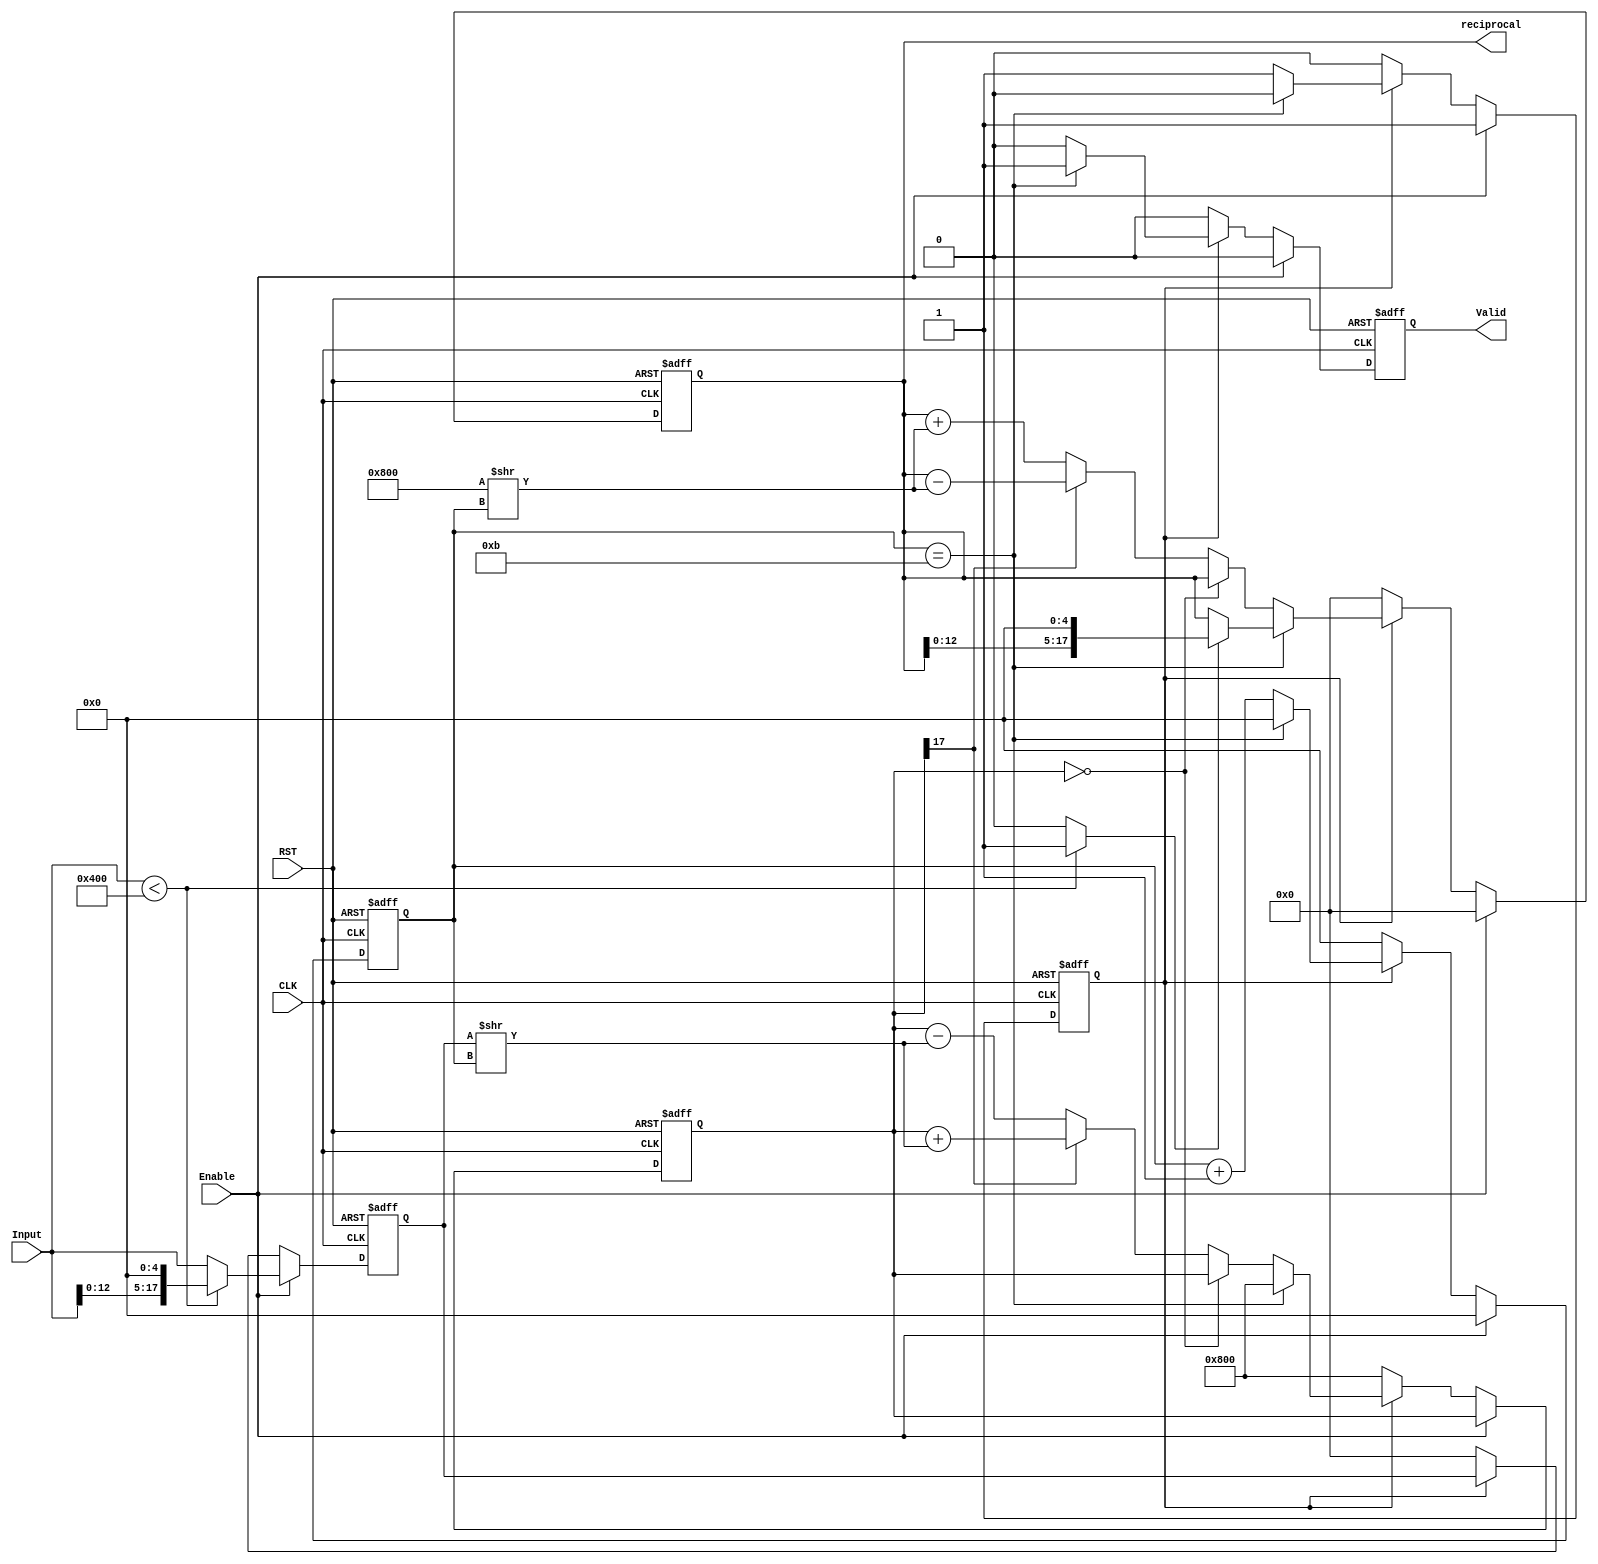
/////////////////////////////////////////////////////////////////////////////////////////////////////////
//////////////////////////// Module ports list, declaration, and data type ///////////////////////////////
//////////////////////////////////////////////////////////////////////////////////////////////////////////
module Reciprocal_Cordic #( 
	parameter 	WORD_LENGTH			=	18, 
	parameter	FRAC_LENGTH			=	11,
	parameter 	NUM_OF_ITERATIONS	=	11,
	parameter	SCALE				=	5
)(

input   wire                           CLK,
input   wire                           RST,
input   wire                           Enable,
input   wire signed [WORD_LENGTH-1:0]  Input,
output  reg  signed [WORD_LENGTH-1:0]  reciprocal,
output  reg                            Valid

);


///////////////////////////////// Parameters /////////////////////////////////////////////
localparam INT_LENGTH = WORD_LENGTH - FRAC_LENGTH ;





//////////////////////////////////////////////////////////////////////////////////////////////////////
/////////////////////////////////// Signals and Internal Connections /////////////////////////////////
//////////////////////////////////////////////////////////////////////////////////////////////////////


reg    signed      [WORD_LENGTH-1:0]  Y;
// 1 in fixed point
wire    signed      [WORD_LENGTH-1:0]   one_fixed_point;
// 0.5 in fixed point
wire    signed      [WORD_LENGTH-1:0]   half_fixed_point;

//wire    signed      [WORD_LENGTH-1:0]   Input_scaled_c;
reg 	signed	[$clog2(NUM_OF_ITERATIONS):0] iterations;

reg		flag_reg;
wire	scale_flag;

reg    	signed      [WORD_LENGTH-1:0]   Input_reg;
wire    signed       [WORD_LENGTH-1:0]  Input_shifted;






//////////////////////////////////////////////////////////////////////////////////////////////////////
//////////////////////////////////////////// Implementation //////////////////////////////////////////
//////////////////////////////////////////////////////////////////////////////////////////////////////


always @(posedge CLK or negedge RST) begin
	if (!RST) begin
		// reset
		reciprocal 	<=	'b0;
		iterations 	<=	'b0;
		Y 			<=	one_fixed_point;
		flag_reg	<=	'b0;
		Valid 		<=	'b0;
		Input_reg 	<=	'b0;
	end
	else if (Enable) begin
		Valid 		<=	'b0;
		iterations 	<=	'b0;
		reciprocal 	<=	'b0;

		// Scaling Input in order to obtain reciprocals for numbers less than 0.5
		if(Input < half_fixed_point) begin
			Input_reg	<=	(Input<<SCALE);
		end
		else begin
			Input_reg	<=	Input;
		end
		flag_reg	<=	'b1;
	end

	else if (flag_reg) begin

		if(Y =='b0) begin
			Y 			<= 	Y;
			reciprocal	<=	reciprocal;
		end
		
		else if(Y[WORD_LENGTH-1] == 'b1) begin  // y<0
			Y 			<= 	Y + Input_shifted;
			reciprocal	<=	reciprocal - (one_fixed_point>>iterations);
		end
		
		else begin 	// y>0
			Y 			<= 	Y - Input_shifted;
			reciprocal	<=	reciprocal + (one_fixed_point>>iterations);			
		end

		

		// increment iterations
		if(iterations == NUM_OF_ITERATIONS) begin
			iterations 	<=	'b0;
			Valid 		<=	'b1;
			flag_reg	<=	'b0;
			Y 			<= 	one_fixed_point;

			// scaling output by same input scale		
			if(scale_flag) begin
				reciprocal 	<=	(reciprocal<<SCALE);
			end
			else begin
				reciprocal 	<=	reciprocal;
			end
			
		end
		else begin
			iterations 	<=	iterations 	+ 'b1;
			Valid 		<=	'b0;
		
		end

	end

	else begin
		Y 			<= 	one_fixed_point;
		reciprocal 	<=	'b0;
		flag_reg	<=	'b0;
		iterations 	<=	'b0;
		Valid 		<=	'b0;
		Input_reg 	<=	'b0;
	end

end






//////////////////////////////////////////////////////////////////////////////////////////////////////
/////////////////////////////////// assign  statements ///////////////////////////////////////////////
//////////////////////////////////////////////////////////////////////////////////////////////////////

assign one_fixed_point = { {(INT_LENGTH-1){1'b0}} , 1'b1 , {FRAC_LENGTH{1'b0}} }; // 1 - fixed_point

assign half_fixed_point = { {(INT_LENGTH){1'b0}} , 1'b1 , {(FRAC_LENGTH-1){1'b0}} }; // 0.5 - fixed_point

assign Input_shifted =  Input_reg>>iterations;

assign scale_flag = (Input < half_fixed_point) ? 'b1 : 'b0;





endmodule